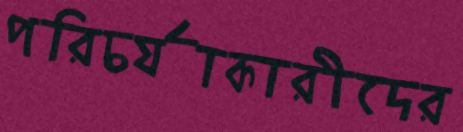
পরিচর্যাকারীদের